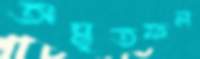
অমৃতফল